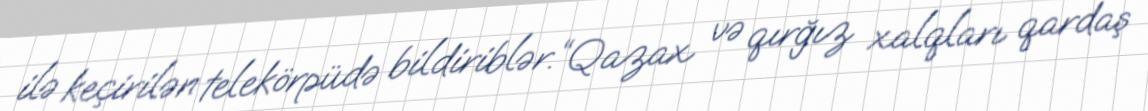
ilə keçirilən telekörpüdə bildiriblər.“Qazax və qırğız xalqları qardaş